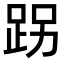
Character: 𨀌